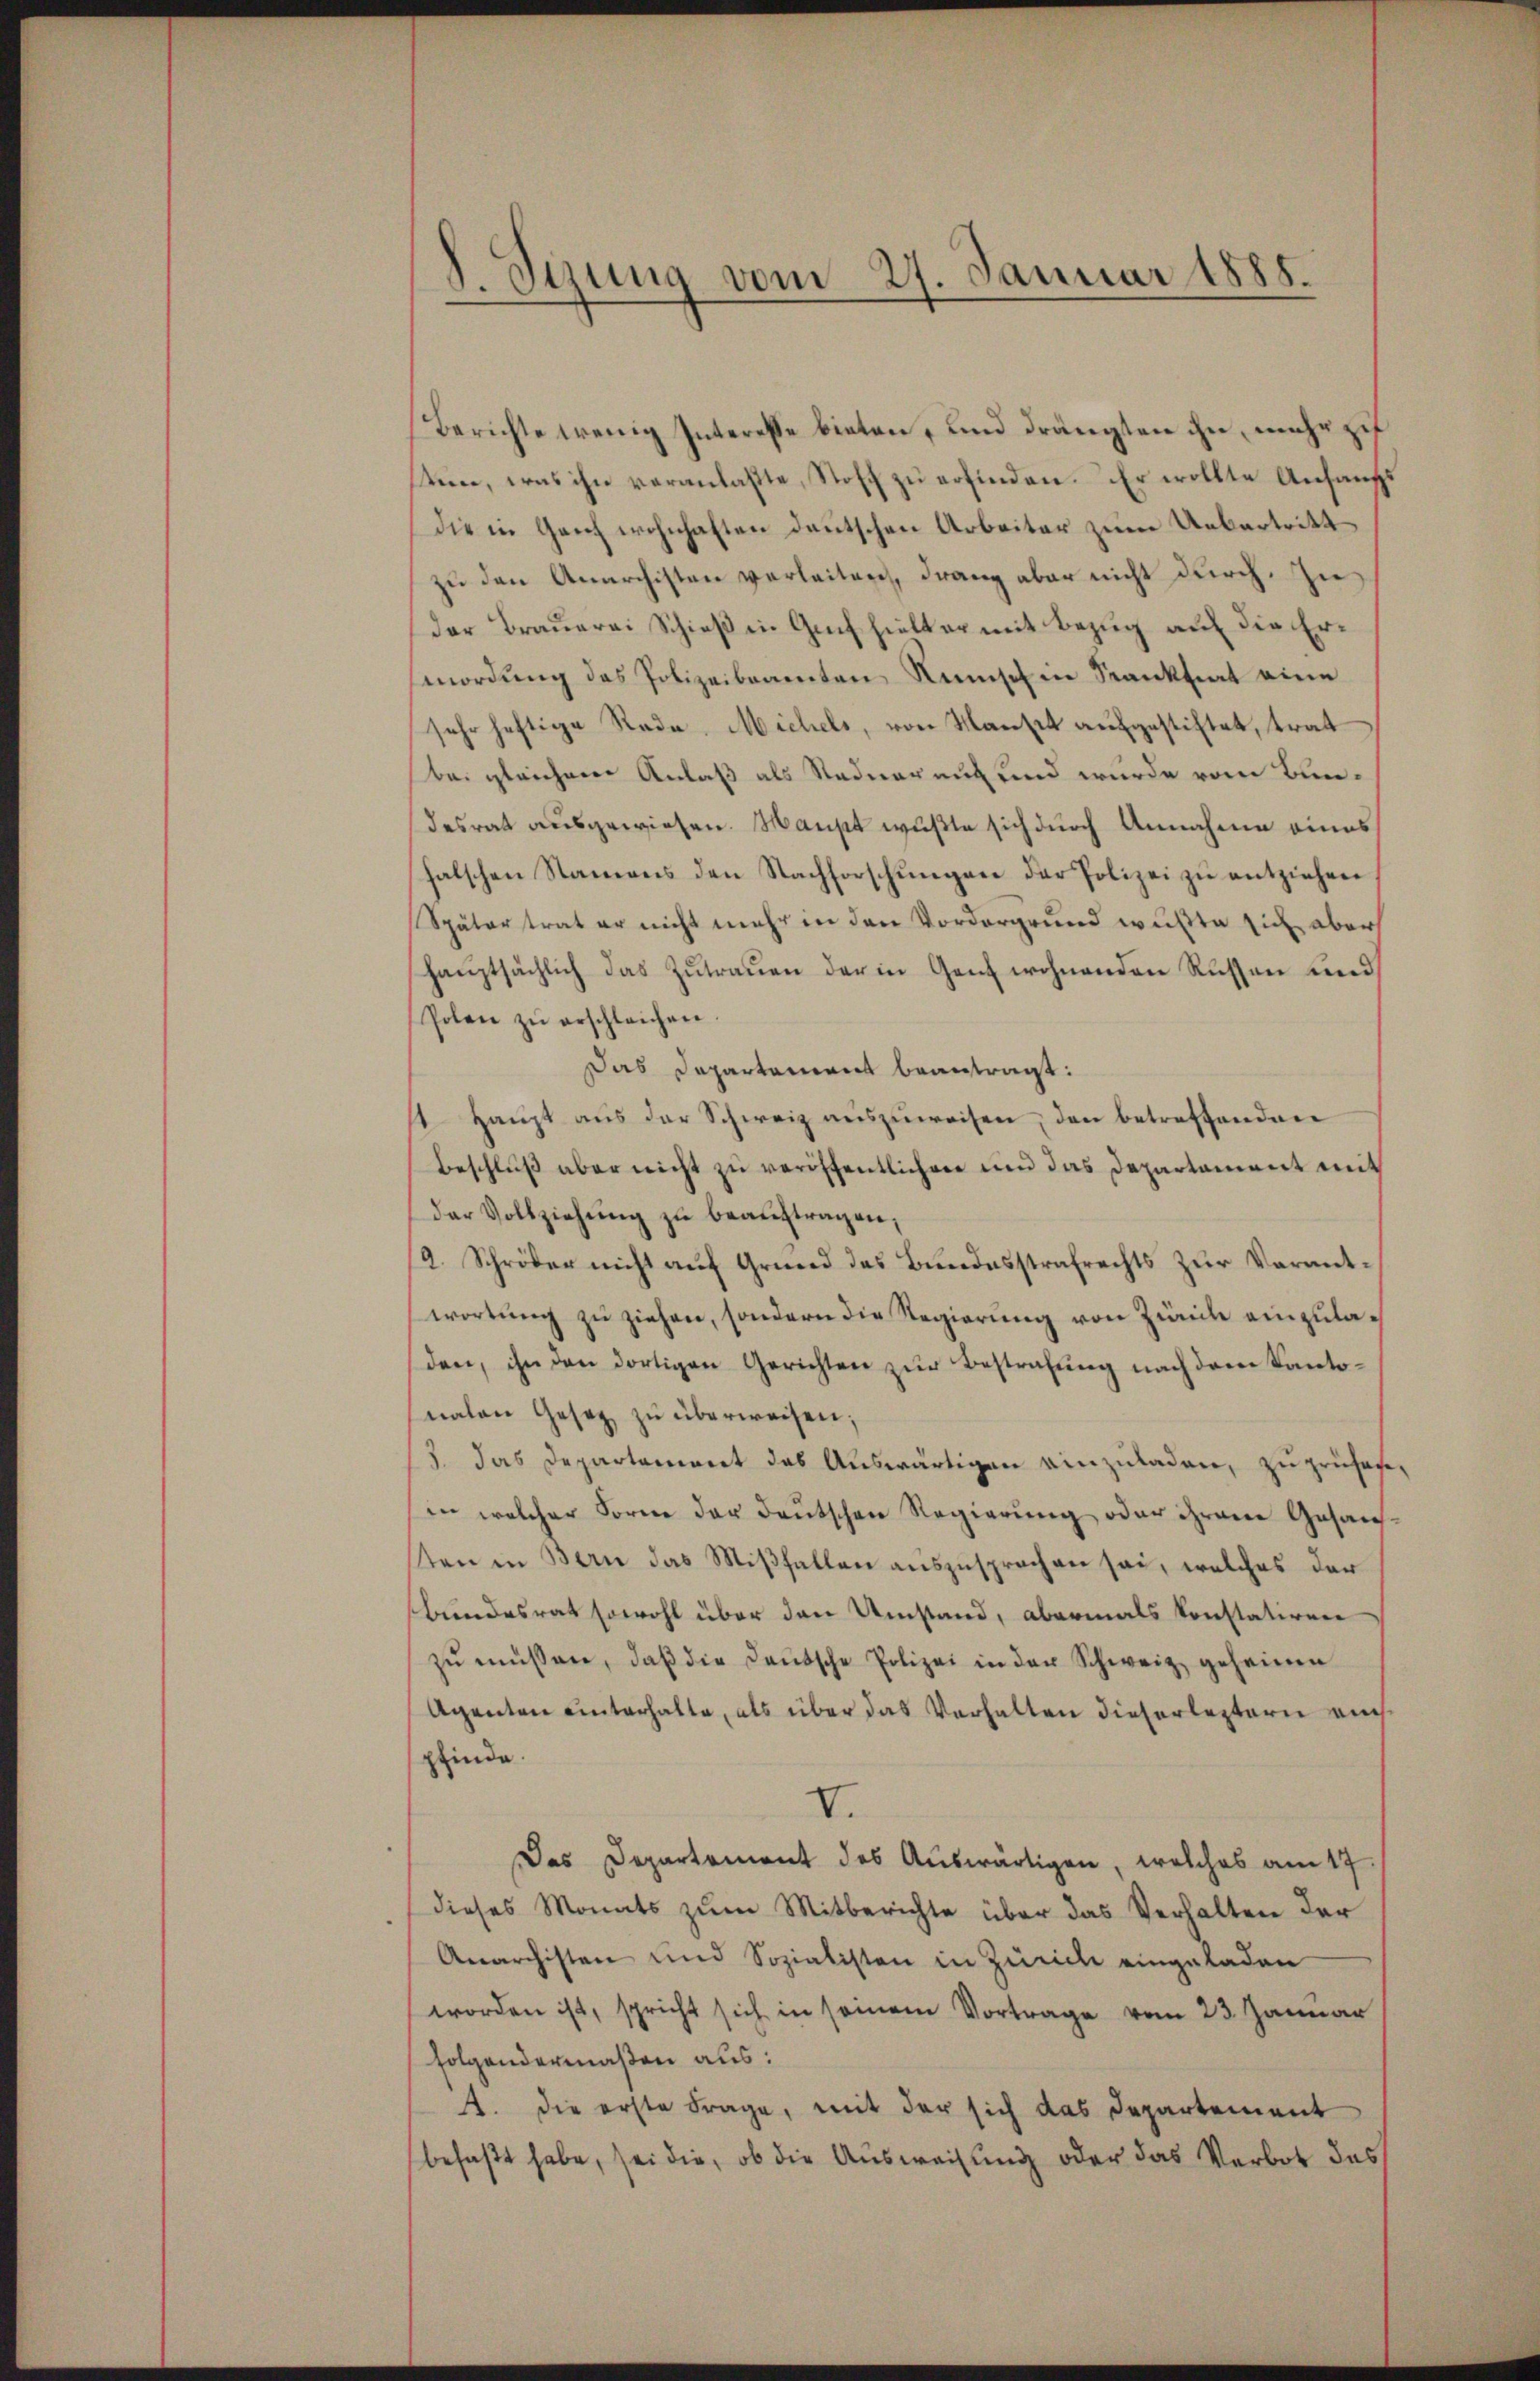
d. Sizung vom 27. Januar 1885.

Berichte wenig Interesse bieten, und drängten ihn, mehr zu
sten, was ihn veranlaßte, Stoff zu erfinden. Er wollte Anfangs
die in Geiz wohnhaften deutschen Arbeiter zum Uebertritt
zu den Anarchisten verleiten, drang aber nicht durch. In
der Brauerei Schieß in Guch hielt er mit Bezug auf die Ermordung des Polizeibeamten Runsch in Sanktiat eine
sehr heftige Rade. Michels, von Manse aufgestiftet, trat
bei gleichner Anlaß als Stadnereit und wurde vom Bundesrat ausgewiesen. Maust wußte sich durch Annahme eines
halschen Namens den Nachforschŭngen der Polizei zu entziehen
Später trat er nicht mehr in den Vordergrund wußte sich aber
haŭptsächlich das Zŭtraŭen der in Ganz wohnenden Russen und
Polen zŭ erschleichen.
Das Departement beantragt:
1 Haupt aus der Schweiz auszuweisen, den betreffenden
Beschlŭβ aber nicht zu veröffentlichen und das Departament mit
der Vollziehŭng zŭ beaŭftragen,
2. Schröder nicht auf Grund des Bundesstrafrechts zur Verantwortŭng zu ziehen, sondern die Regierung von Zürich einzuladen, ihn den dortigen Gerichten zur Bestrafung nach dem Kantonalen Gesez zu überweisen;
3. das Departaciret das Auswärtigen einzŭladen, zu prüfen,
in welcher Forme der deutschen Regierung oder ihrem Gesansten in Bern das Mißfallen auszusprechen sei, welches der
Bundesrat sowohl über den Umstand, abermals konstatiren
zŭ müssen, daβ die Deutsche Polizei in der Schweiz geheimen
Agenten unterhalte, als über das Verhalten dieserleztern einspfinde.
V.
Das Departement des Auswärtigen, welches am 17
dieses Monats zŭm Mitberichte über das Verhalten der
Anarchisten und Sozialisten in Zürich eingeladen
worden ist, spricht sich in seinem Vortrage vom 23. Januar
folgendermaßen aus:
4. die erste Frage, mit der sich das Departement
befaßt habe, sei die, ob die Ausweisung oder das Verbot des